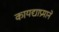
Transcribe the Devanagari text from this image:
कायद्याप्रमाने